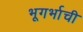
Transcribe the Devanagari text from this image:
भूगर्भाची